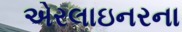
એરલાઇનરના